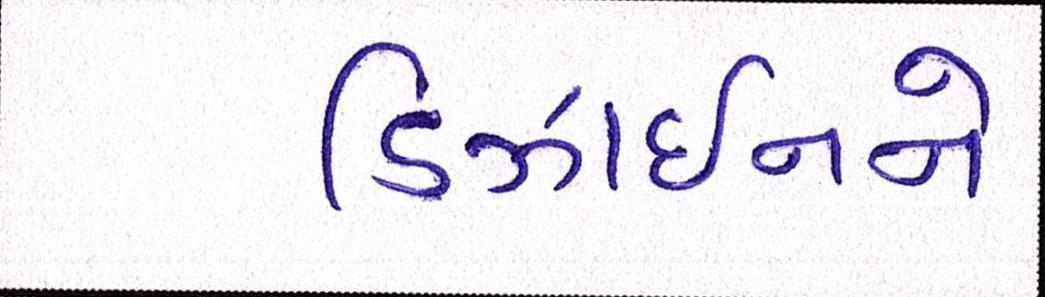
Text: ડિઝાઇનને